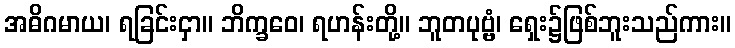
အဓိဂမာယ၊ ရခြင်းငှာ။ ဘိက္ခဝေ၊ ရဟန်းတို့။ ဘူတပုဗ္ဗံ၊ ရှေး၌ဖြစ်ဘူးသည်ကား။